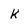
Character: k